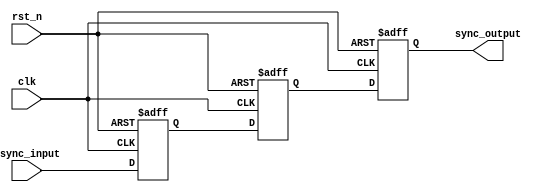
module async_to_sync_converter #(
    parameter NUM_INPUTS = 1  // Number of asynchronous input signals
)(
    input wire clk,                             // Clock signal from the synchronous domain
    input wire rst_n,                           // Active low reset signal
    input wire [NUM_INPUTS-1:0] async_input,   // Asynchronous input signals
    output reg [NUM_INPUTS-1:0] sync_output     // Synchronized output signals
);

    // Intermediate registers for the synchronization stages
    reg [NUM_INPUTS-1:0] stage1;
    reg [NUM_INPUTS-1:0] stage2;

    // Process to synchronize the asynchronous inputs
    always @(posedge clk or negedge rst_n) begin
        if (!rst_n) begin
            // Reset the outputs on reset
            stage1 <= 0;
            stage2 <= 0;
            sync_output <= 0;
        end else begin
            // First stage: Sample the asynchronous input
            stage1 <= async_input;
            // Second stage: Sample the output of the first stage
            stage2 <= stage1;
            // Output the result from the second stage
            sync_output <= stage2;
        end
    end

endmodule